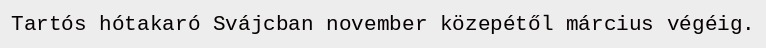
Tartós hótakaró Svájcban november közepétől március végéig.